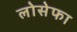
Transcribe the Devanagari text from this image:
लोसेफा